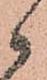
候